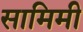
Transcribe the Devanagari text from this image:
सामिमी